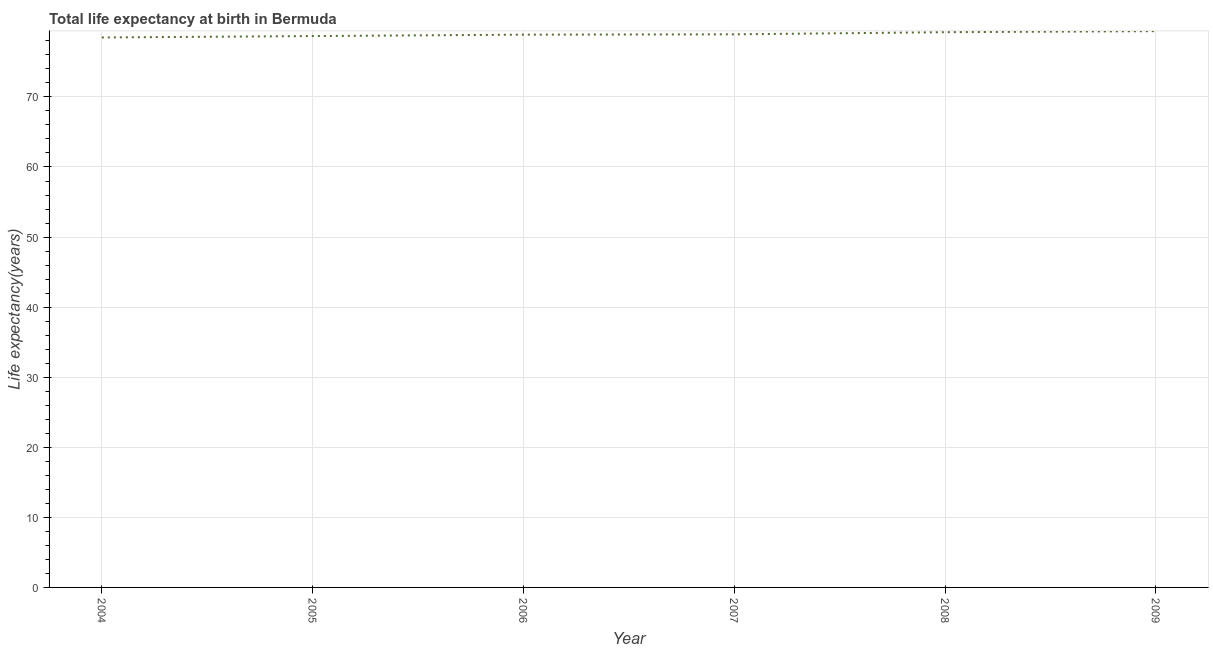
| Year | Life expectancy at birth |
 | --- | --- |
 | 2004 | 78.5 |
 | 2005 | 78.7 |
 | 2006 | 78.9 |
 | 2007 | 78.9 |
 | 2008 | 79.2 |
 | 2009 | 79.4 |